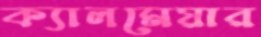
ক্যালমেয়ার